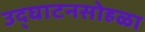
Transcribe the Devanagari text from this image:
उद्‌घाटनसोहळा